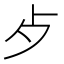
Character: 歺